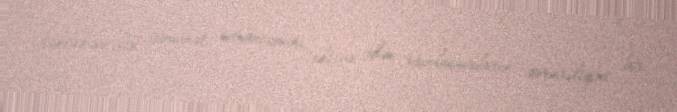
təhlükəsizlik zəmanət mexanizmini ehtiva edən razılaşmaların zəruriliyini bir